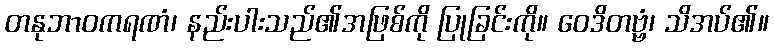
တနုဘာဝကရဏံ၊ နည်းပါးသည်၏အဖြစ်ကို ပြုခြင်းကို။ ဝေဒိတဗ္ဗံ၊ သိအပ်၏။